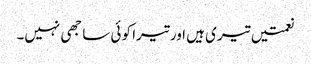
نعمتیں تیری ہیں اور تیرا کو ئی سا جھی نہیں۔